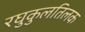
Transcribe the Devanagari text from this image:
रघुकुलतिलक